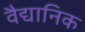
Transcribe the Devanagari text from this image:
वैद्यानिक